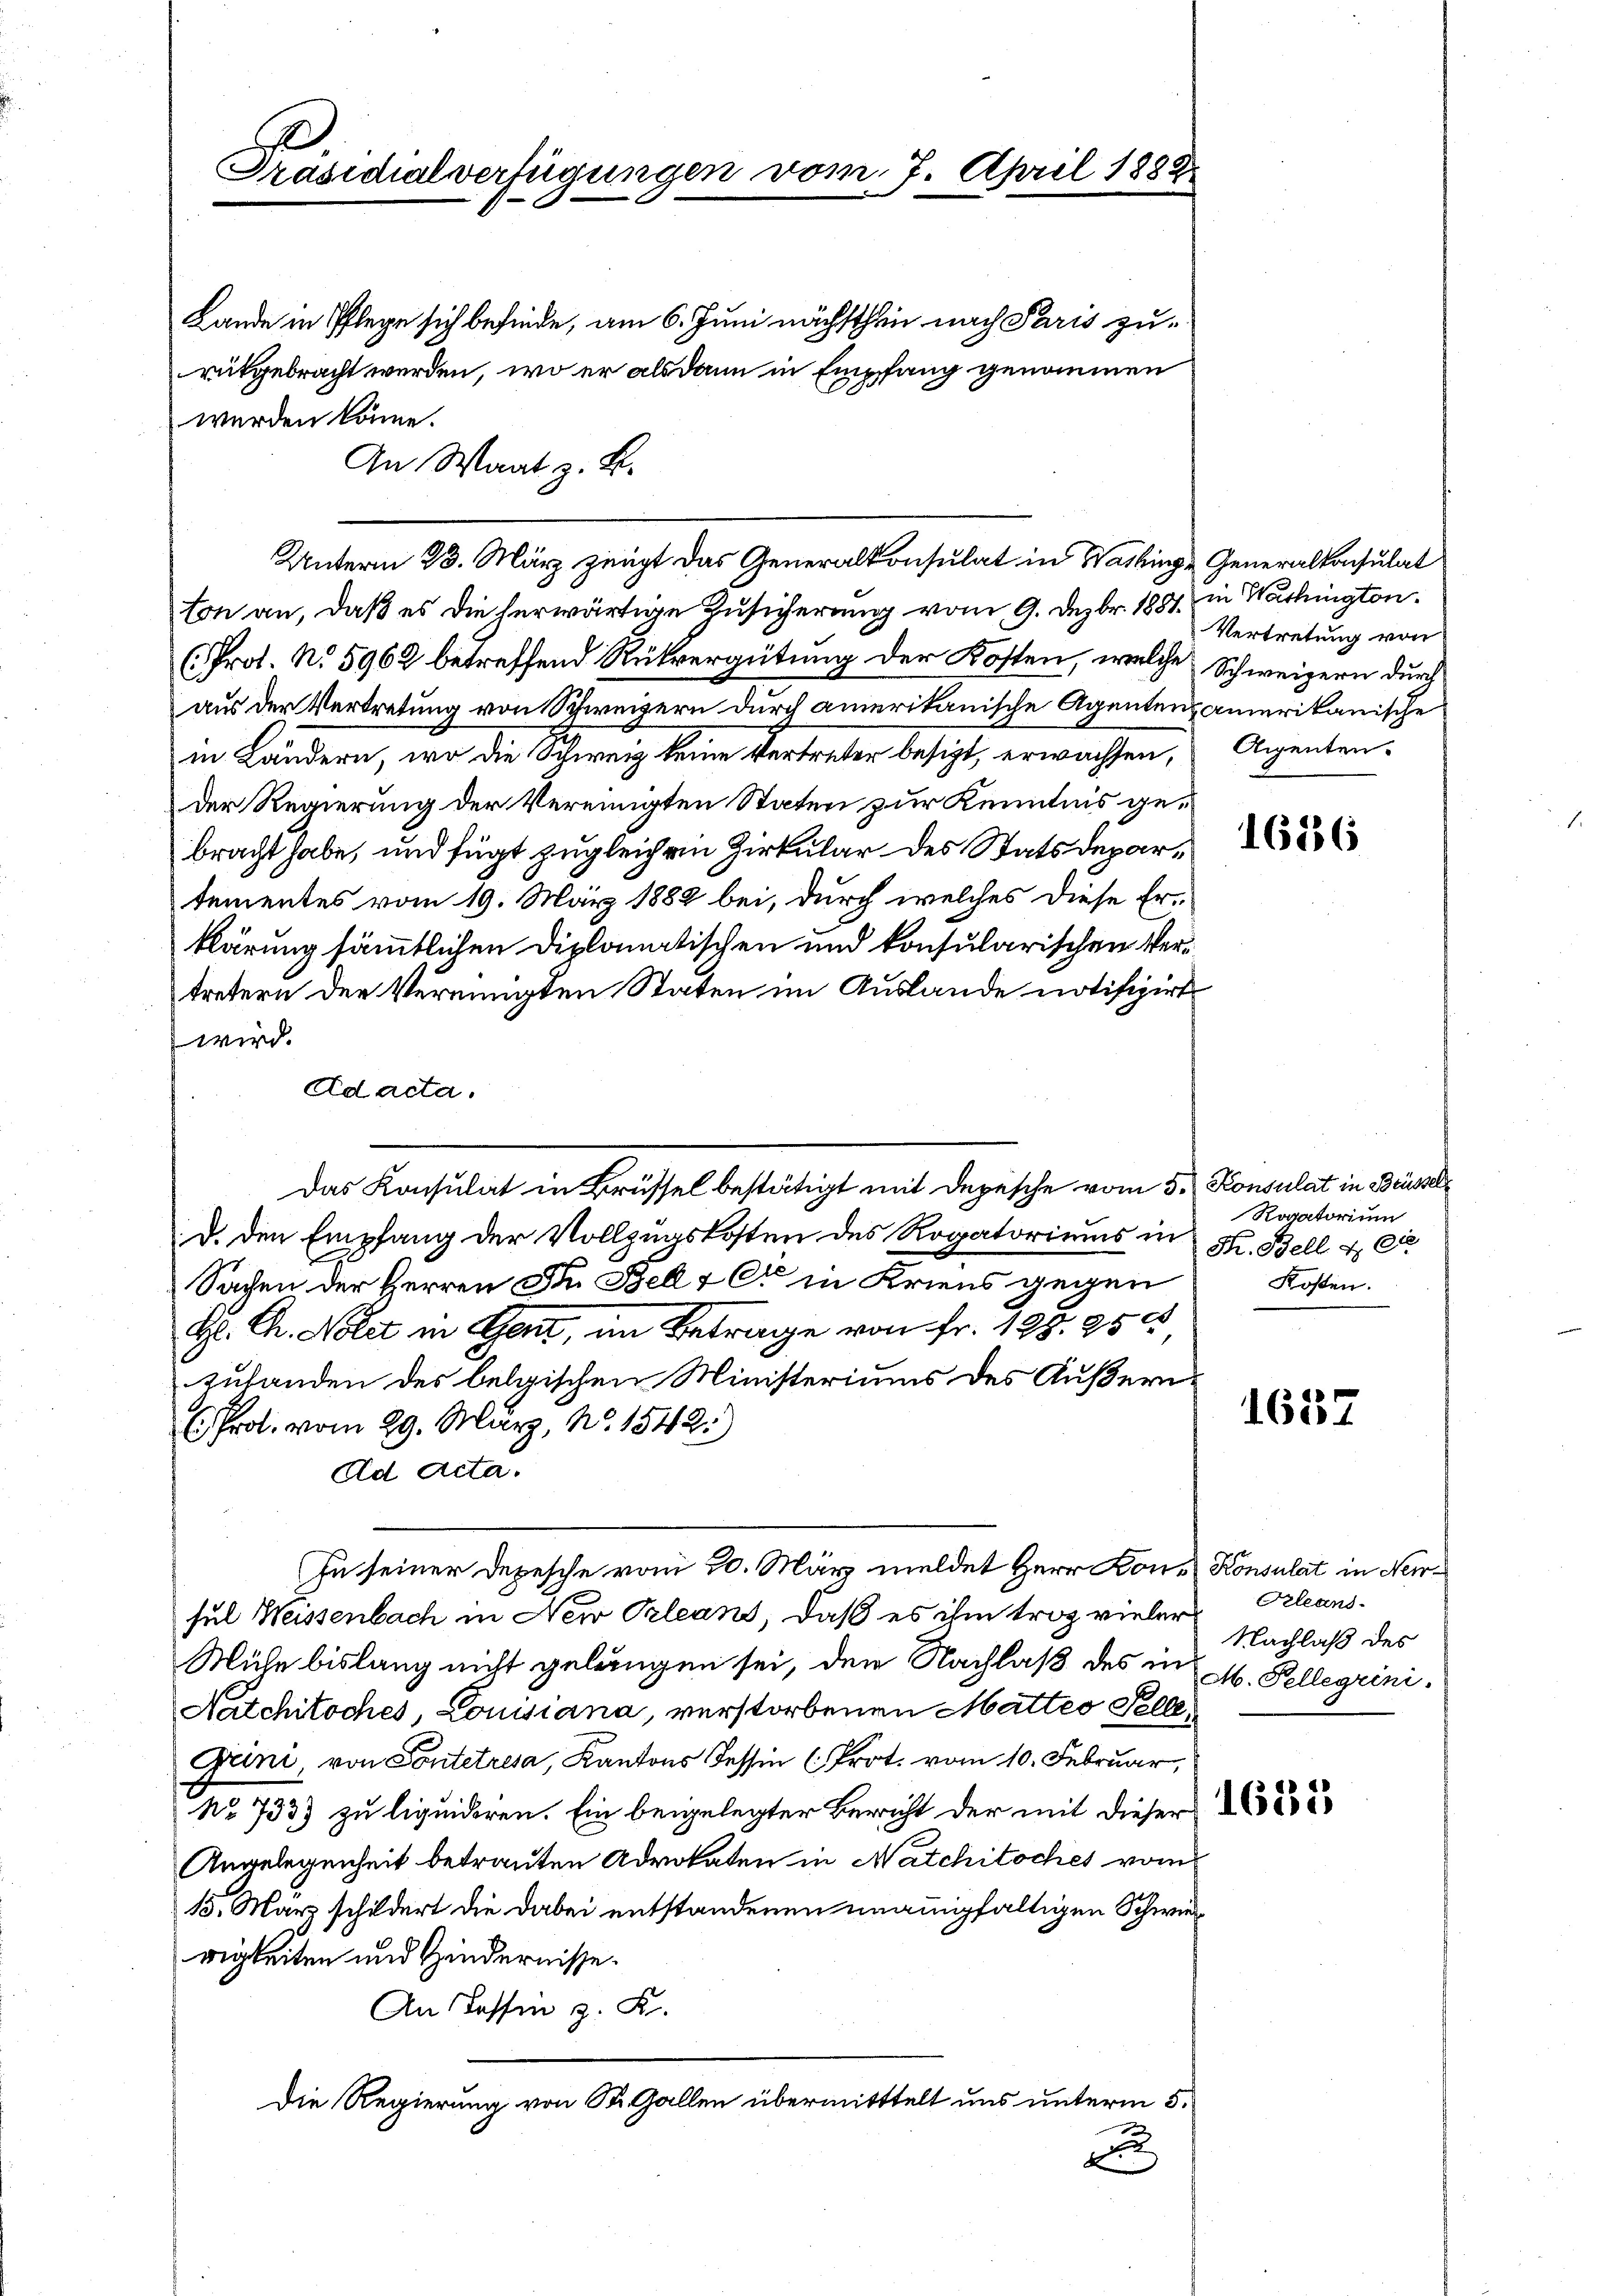
Präsidialverfügungen vom 7. April 1888

Lande in Pflege sich befinde, am 6. Juni nächsthin nach Paris zurütgebracht werden, wo er als dann in Empfang genommen
werden könne.
ton an, daß es die herwärtige Zusicherung vom 9. Dezbr. 1881 in Washington
(Prot. No. 5962 betreffend Rückvergütung der Kosten, welche Schweizern durch
aus der Vertretung von Schweizern durch amerikanische Agentensamerikanische
in Ländern, wo die Schweiz keine Vertreter besizt, erwachsen, Aigenten.
der Regierung der Vereinigten Staten zur Kenntnis gebracht habe, und fügt zugleich ein Zirkular des Statsdepartementes vom 19. März 1882 bei, durch welches diese Erklärung sämmtlichen Diplomatischen und konsularischen Vertretern der Vereinigten Staten im Auslande notifizirt
wird.
Ad acta.
d. den Empfang der Vollzugskosten des Rogatoriums in K. Bell & die
Sachen der Herren Fr. Bell & Cie in Kriens gegen
H. Chr. Notit in Gent, im Betrage von Fr. 192. 950
zubanden des belgischen Ministeriums des Äußern¬
 Prot. vom 29. März, No. 1542.)
Ad Acta.
In seiner Depesche vom 20. März meldet Herr Kon- Konsulat in Nersul Weissenbach in New Prleans, daß es ihm trag vieler
Mühe bislang nicht gelangen sei, den Nachlaß des in M. Pellegrini¬
Natchitoches, Louisiana, verstorbenen Matteo Pelle,
Grini, von Sontetresa, Kantons Tessin (Prot. vom 10. Februar,
No 7333 zu liquidiren. Ein beigelegter Bericht der mit dieser
Angelegenheit betrauten Advokaten in Natchitsches vom
15. März schildert die dabei entstandenen unanigfaltigen Schwierigkeiten und Hindernisse.
An Tassen z. K.
Die Regierung von St. Gallen übermitttelt uns unterm 5.
.
x

An Waat z. B.
Unterm 23. März zeugt das Generalkonsulat in Washinge Generalkonsulat

Das Konsulat in Brüssel bestätigt mit Depesche vom 5. Konsulat in Brüssel¬

Vertretung von

1616

Rogatorium
Kosten.

1637

Orleans
Nachlaß des

1685